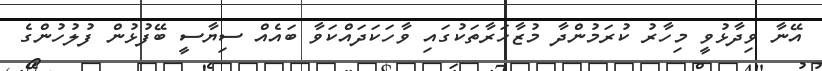
އޭނާ ވިދާޅުވީ މިހާރު ކުރަމުންދާ މުޒާހަރާތަކުގައި ވާހަކަދައްކަވާ ބައެއް ސިޔާސީ ބޭފުޅުން ފުލުހުންގެ